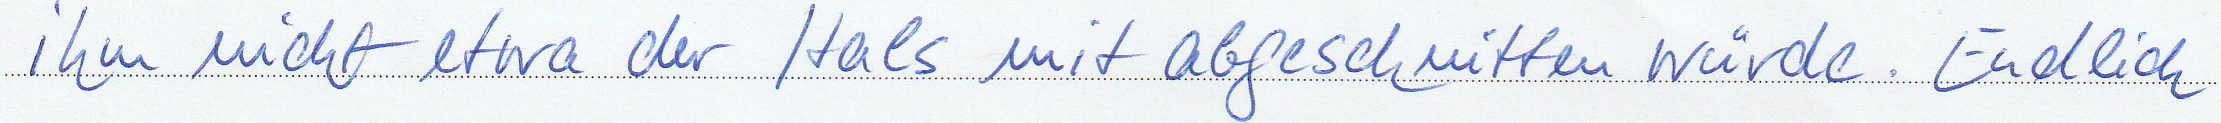
ihn nicht etwa der Hals mit abgeschnitten würde. Endlich